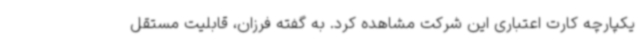
یکپارچه کارت اعتباری این شرکت مشاهده کرد. به گفته فرزان، قابلیت مستقل